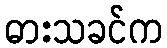
ဓားသခင်က